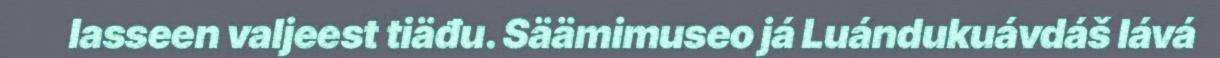
lasseen valjeest tiäđu. Säämimuseo já Luándukuávdáš lává